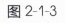
图2-1-3